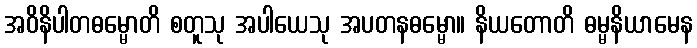
အဝိနိပါတဓမ္မောတိ စတူသု အပါယေသု အပတနဓမ္မော။ နိယတောတိ ဓမ္မနိယာမေန